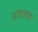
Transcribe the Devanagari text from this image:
प्रोलराज